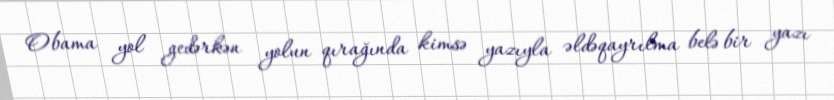
Obama yol gedərkən yolun qırağında kimsə yazıyla əldəqayrılma belə bir yazı